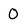
Character: 0